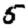
Digit: 5